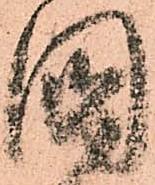
國